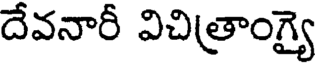
దేవనారీ విచిత్రాంగ్యై